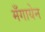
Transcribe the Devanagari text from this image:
मँगायेन